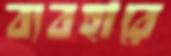
ব্যবহারে